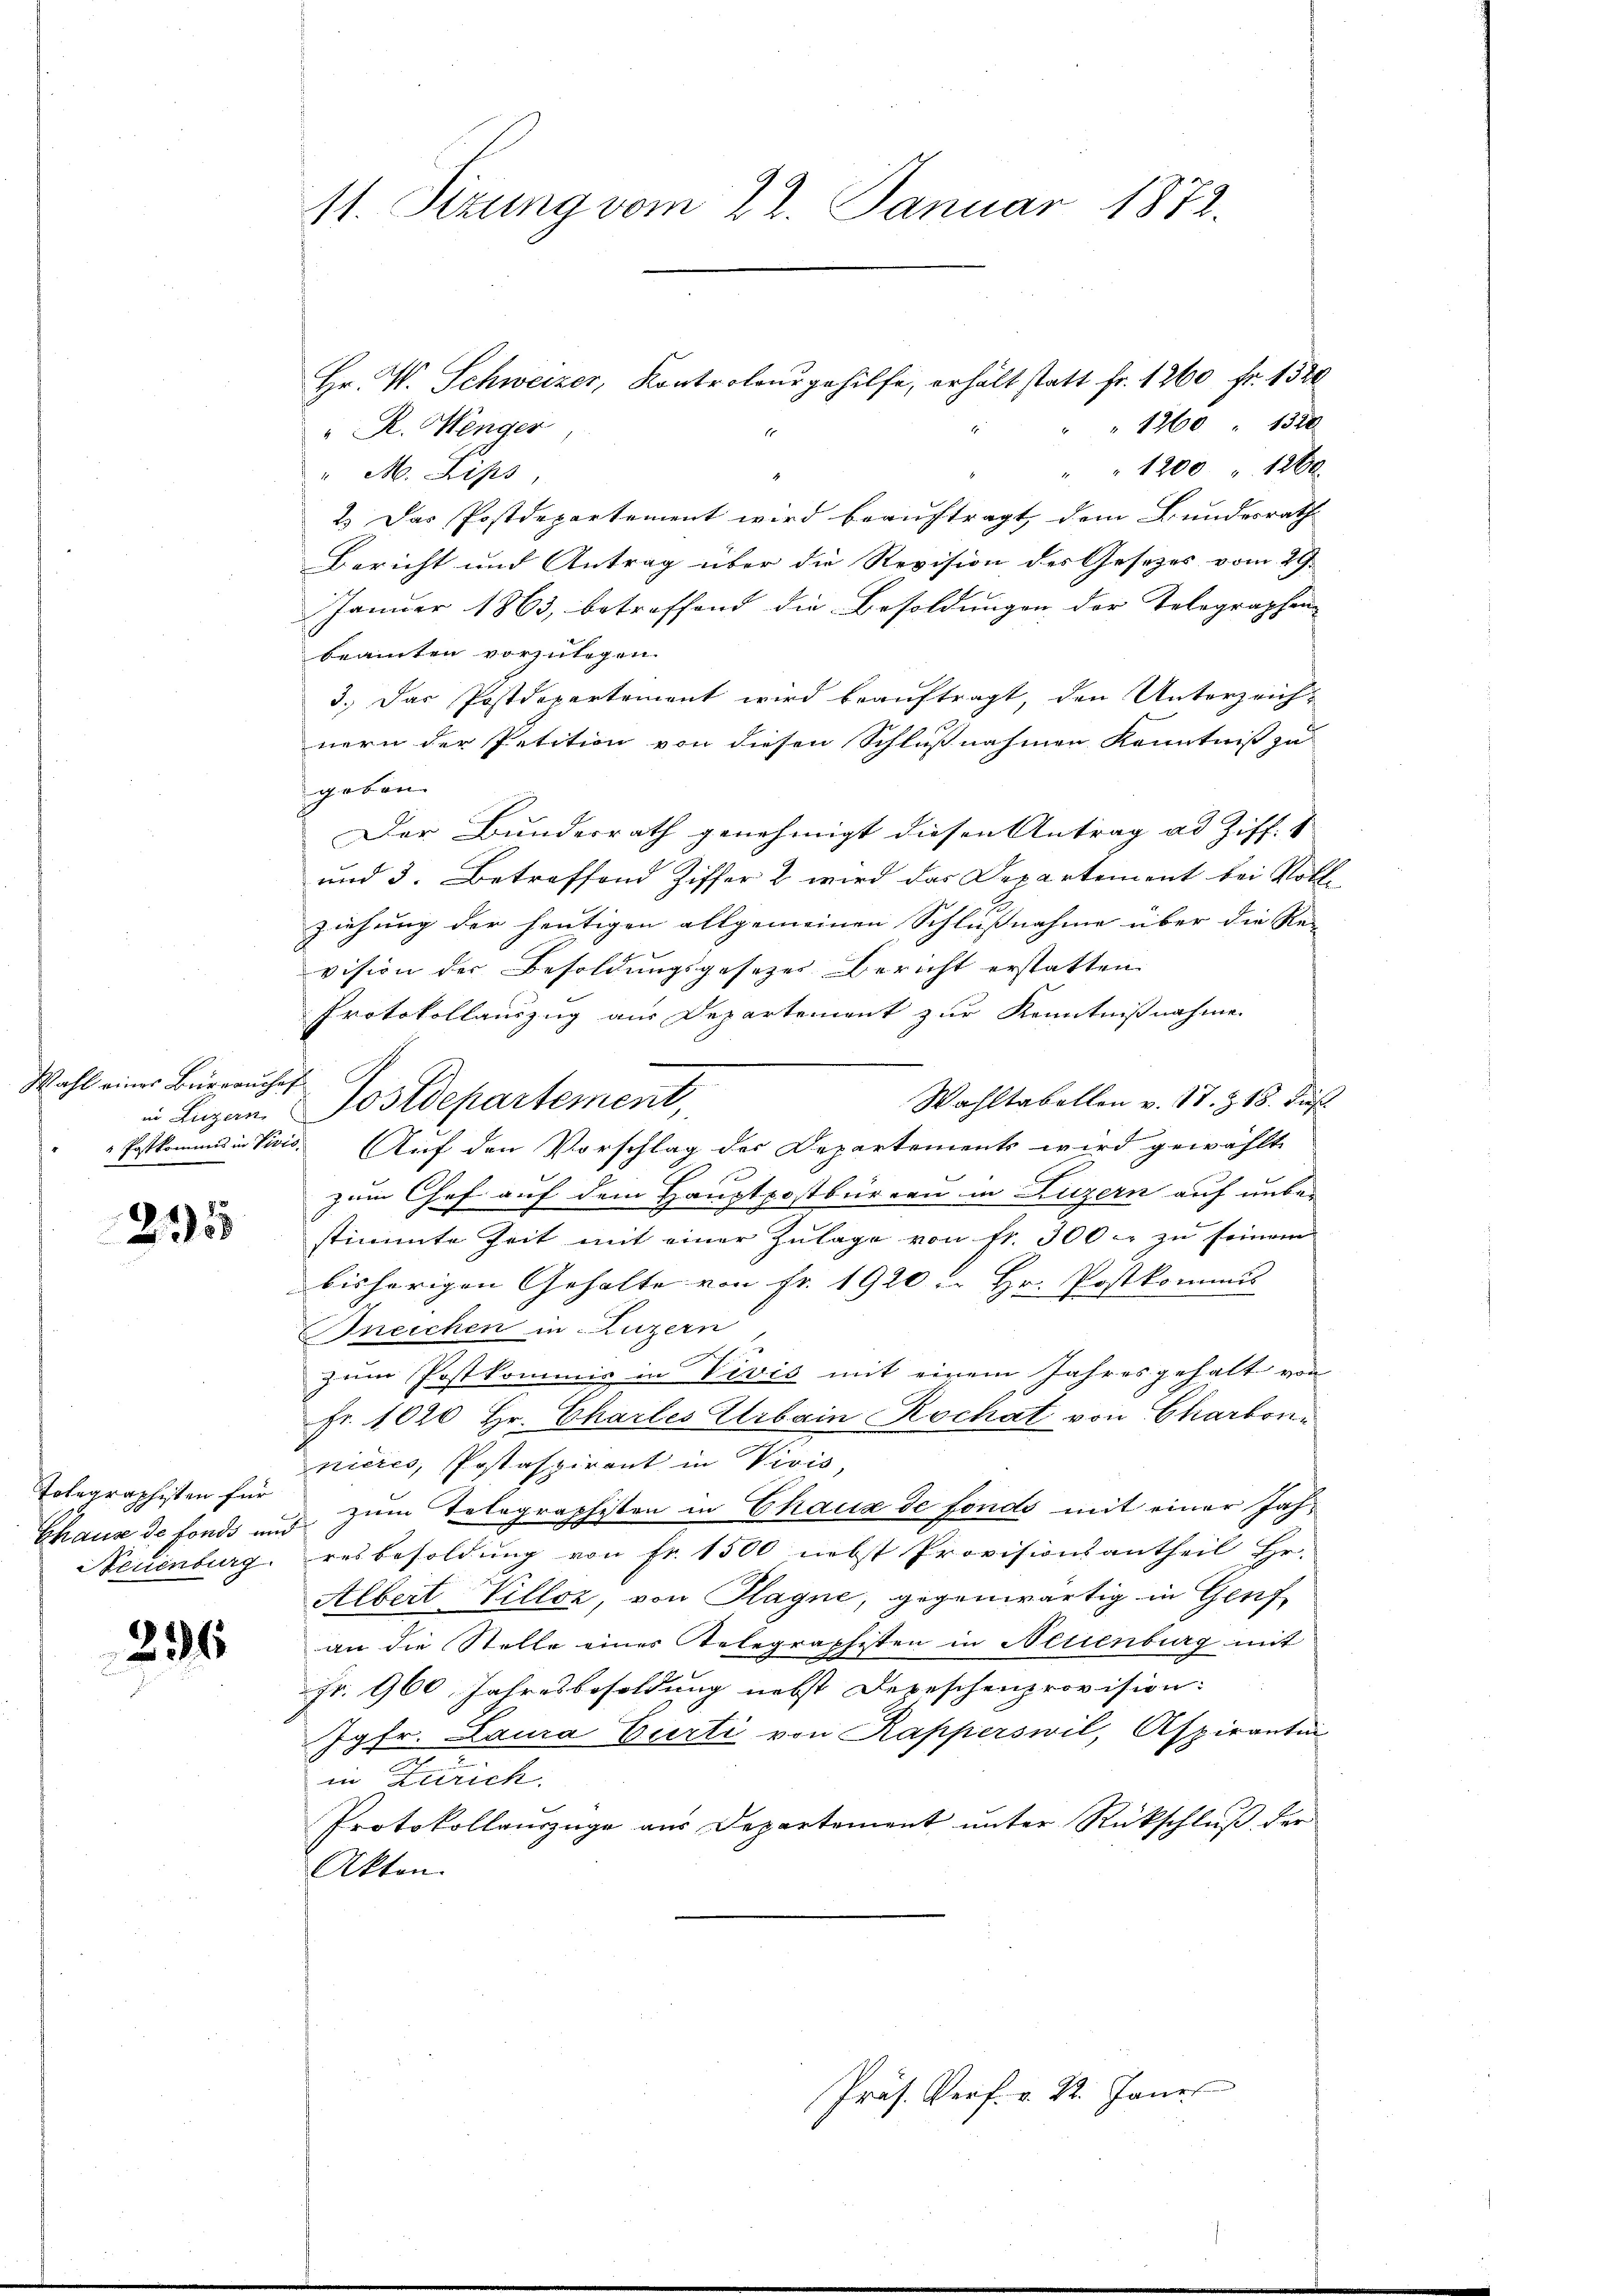
Wahl einer Büreauches

2355

Tolegraphisten für

236

Hr. W. Schweizer, Kontroleur gehilfe, erhält statt fr. 1260 fr. 1320
"1260 " 1320
" R. Wenger
" " 1200 " 1200
" M. Lips,
2.) Das Postdepartement wird beauftragt, dem Bundesrath
Bericht und Antrag über die Revision des Gesezes vom 29.
Januar 1863, betreffend die Besoldungen der Telegraphenbeamten vorzulegen.
3.) Das Postdepartement wird beauftragt, den Unterzeich-
nern der Petition von diesen Schlußnahmen Kenntniß zu
geben.
Der Bundesrath genehmigt diesen Antrag ad Ziff. 1
und 3. Betreffend Ziffer 2 wird das Departement bei Rothziehung der heutigen allgemeinen Schlussnahme über die Re- |
vision der Besoldungsgesetzes Bericht erstatten.
Protokollauszug aus Departement zur Kenntnißnahme.
Wahltabellen v. 17. & 18. dies
in Lugan. Postdepartement,
Postkommis in Visis. Auf den Vorschlag der Departements wird gewählt
zum Chef auf dem Hauptpostbüreau in Luzern auf unbe-
stimmte Zeit mit einer Zulage von fr. 300 zu seinem
bisherigen Gehalte von Fr. 1920 . Hr. Postkommis
Bneichen in Luzern,
zum Postkommis in Vivis mit einem Jahres gehalt von
Fr. 1020 Hr. Charles Urbain Rochat von Charbonnières, Postaspirant in Vivis,
Chaus de fonds und zum Telegraphisten in Chaux de fondo mit einer Jah¬
Neuenburg, resbesoldung von Fr. 1500 nebst Provisionsantheil Hr.
Albert Villoz, von Plagne, gegenwärtig in Genf
an die Stelle eines Telegraphisten in Netienburg mit
fr. 960 Jahresbesoldung nebst Depeschenprovision:
Jgfr. Laura Curti von Rapperswil, Aspirantin
in Zürich.
Protokollauszüge aus Departement unter Rückschluß, der
Akten.
Präs. Verf. v. St. Janer

11. Sizung vom 22. Januar 1872.